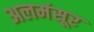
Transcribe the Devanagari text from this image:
अलमंसूर